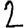
Digit: 2